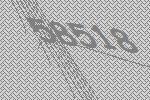
58518